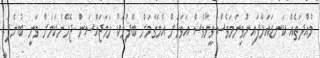
މުއްދަތެއް ކަނޑައަޅާފައިނުވިނަމަވެސް ވީހާވެސް އަަވަހަށް އެމަގާމަށް ބޭފުޅަކު ހަމަޖައްސަން ޖެހޭނެކަމަށް ވަނީ ބުނެފަ